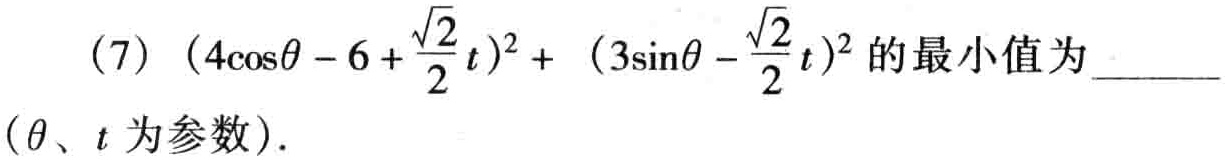
(7) \((4\cos\theta - 6 + \frac{\sqrt{2}}{2}t)^2 + (3\sin\theta - \frac{\sqrt{2}}{2}t)^2\) 的最小值为_____ （\(\theta\)、\(t\) 为参数）.